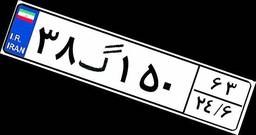
۸۶گ۵۰۹۶۶